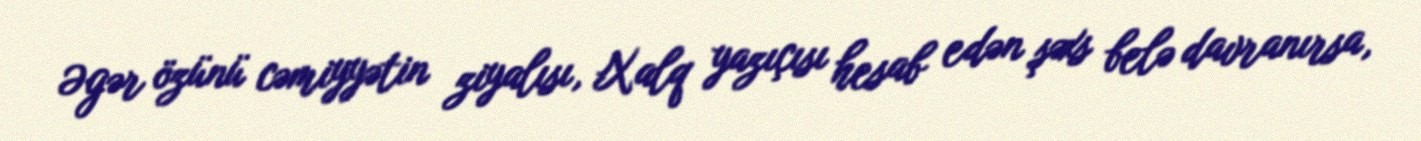
Əgər özünü cəmiyyətin ziyalısı, Xalq yazıçısı hesab edən şəxs belə davranırsa,